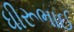
ધીરૂભાઈ